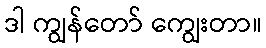
ဒါ ကျွန်တော် ကျွေးတာ။